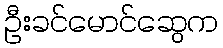
ဦးခင်မောင်ဆွေက